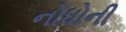
નોધોની